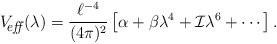
\begin{align*}V_{\hbox{\footnotesize\it \hspace{-6pt} eff\,}}(\lambda) ={\ell^{-4}\over (4\pi)^2}\left[\alpha +\beta \lambda^4+{\cal I}\lambda^6+\cdots \right]. \end{align*}